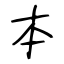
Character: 本